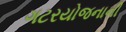
ગટરયોજનાની